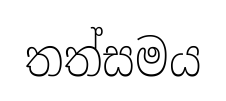
තත්සමය